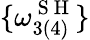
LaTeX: \{ \omega_{3(4)}^{\mathrm{~S~H~}}\}